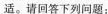
适。请回答下列问题：